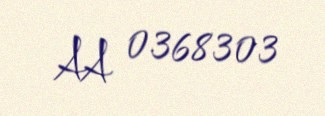
AA 0368303